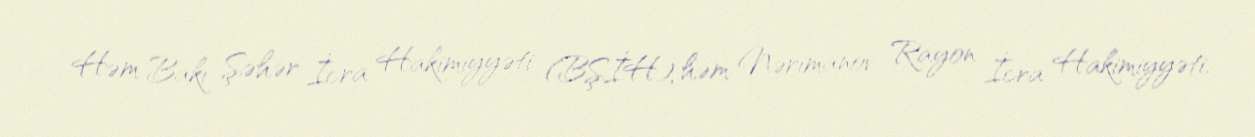
Həm Bakı Şəhər İcra Hakimiyyəti (BŞİH), həm Nərimanov Rayon İcra Hakimiyyəti,